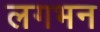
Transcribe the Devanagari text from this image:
लगभन